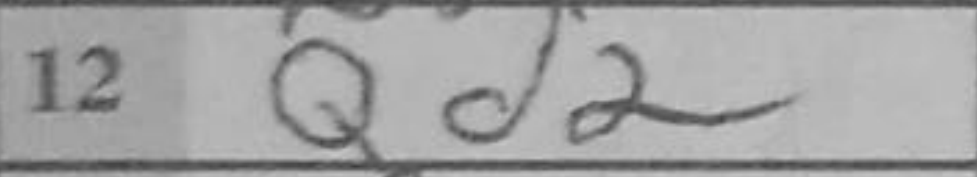
Transcription: Qd2